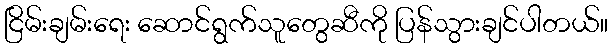
ငြိမ်းချမ်းရေး ဆောင်ရွက်သူတွေဆီကို ပြန်သွားချင်ပါတယ်။